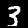
Digit: 3